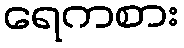
ရေကစား